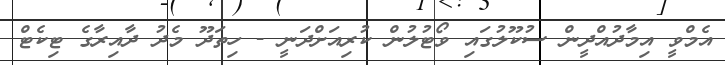
އެމްވީ އިމާދުއްދީން ސުކޫލުގައި ވޯޓުލުން ކުރިއަށްދަނީ - ހިތަދޫ މެދު ދާއިރާގެ ޓިކެޓް